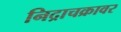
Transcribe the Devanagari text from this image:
निद्राचक्रावर